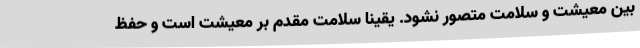
بین معیشت و سلامت متصور نشود. یقینا سلامت مقدم بر معیشت است و حفظ